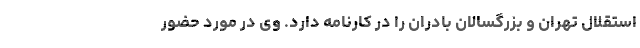
استقلال تهران و بزرگسالان بادران را در کارنامه دارد. وی در مورد حضور